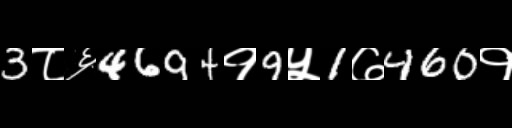
Text: 3८६4694१9५1७460१